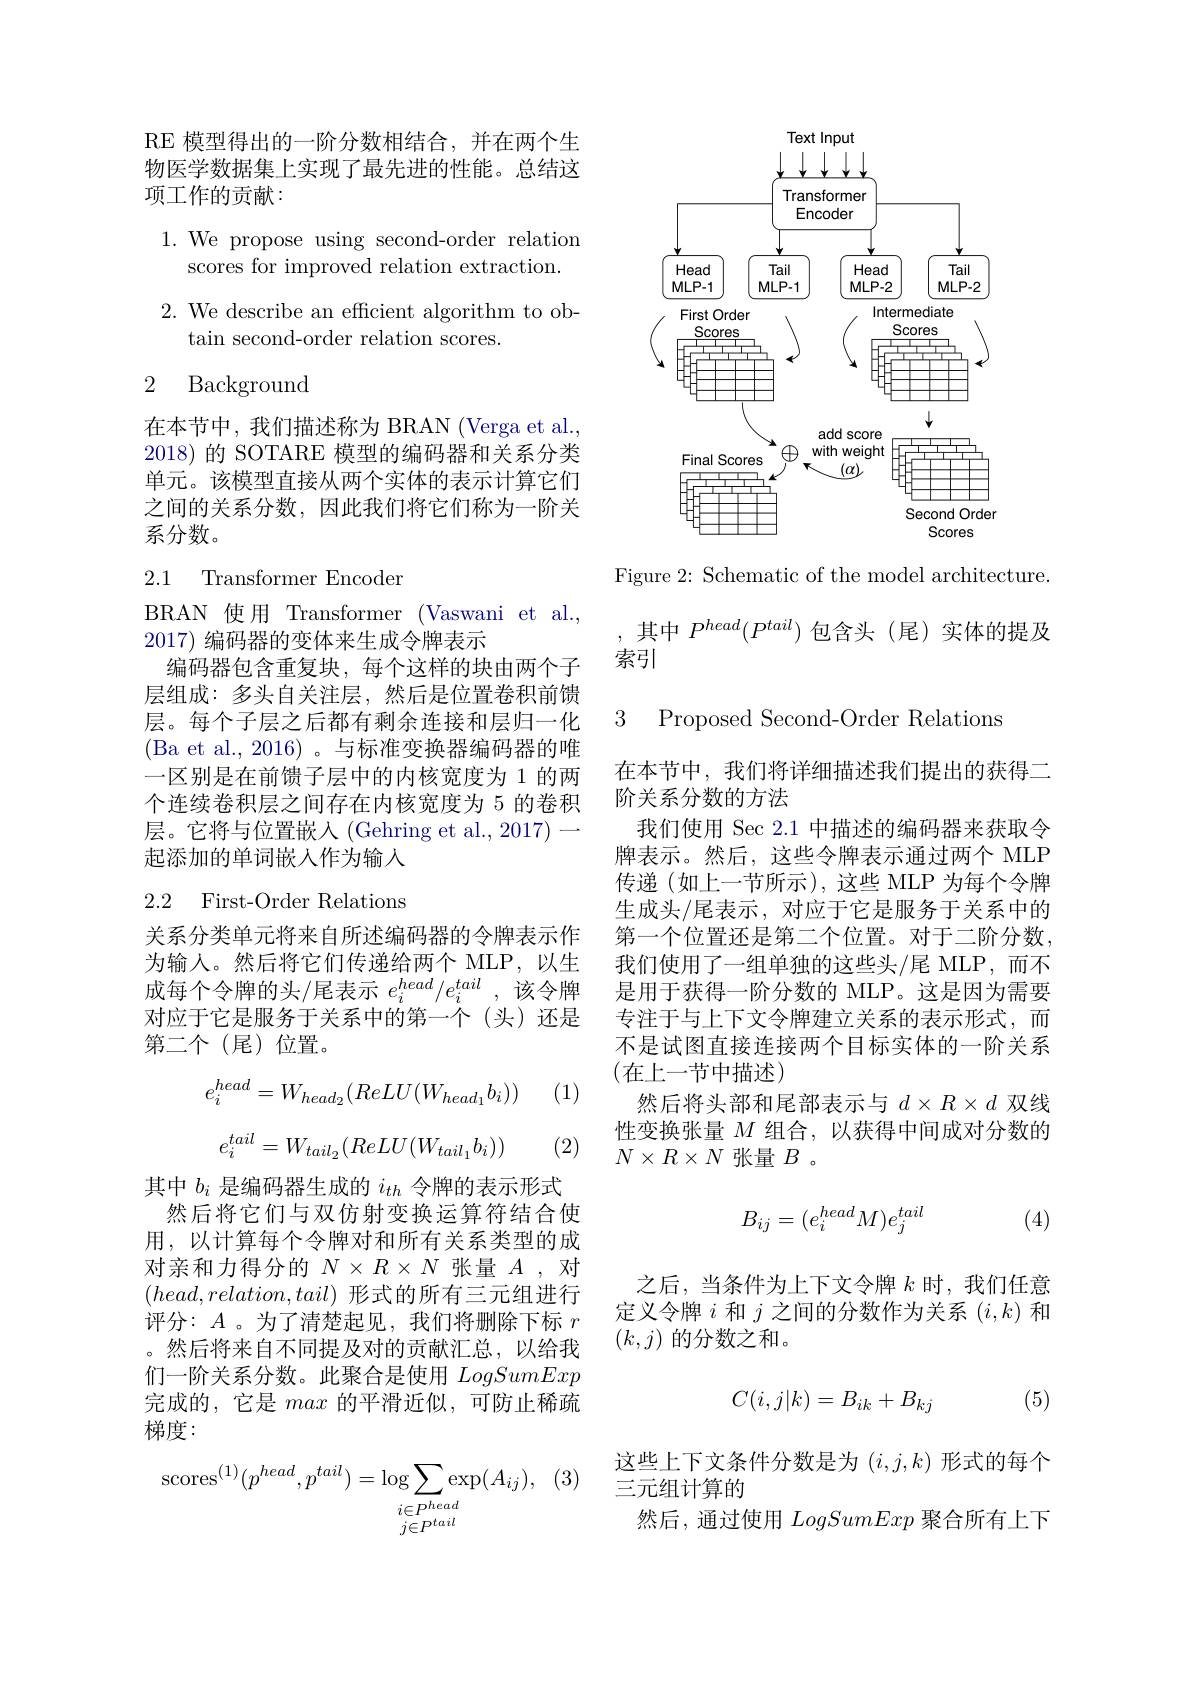
RE 模型得出的一阶分数相结合，并在两个生物医学数据集上实现了最先进的性能。总结这项工作的贡献：

1. We propose using second-order relation
scores for improved relation extraction.

$2.{\mathrm{~We~describe~an~efficient~algorithm~to~ob-}}$
$\tan$second-order relation scores.

2 Background

在本节中，我们描述称为 BRAN (Verga et al., 2018) 的 SOTARE 模型的编码器和关系分类单元。该模型直接从两个实体的表示计算它们之间的关系分数，因此我们将它们称为一阶关系分数。

### 2.1 Transformer Encoder

BRAN 使用 Transformer (Vaswani et al.,
2017)编码器的变体来生成令牌表示
编码器包含重复块，每个这样的块由两个子层组成：多头自关注层，然后是位置卷积前馈层。每个子层之后都有剩余连接和层归一化(Ba et al., 2016)。与标准变换器编码器的唯一区别是在前馈子层中的内核宽度为 1 的两个连续卷积层之间存在内核宽度为 5 的卷积层。它将与位置嵌入(Gehring et al.,2017)— 起添加的单词嵌人作为输入

## 2.2 First-Order Relations

关系分类单元将来自所述编码器的令牌表示作为输入。然后将它们传递给两个 MLP,以生成每个令牌的头/尾表示$e_i^{head}/ e_i^{tail}$ ,该令牌对应于它是服务于关系中的第一个(头)还是第二个(尾)位置。

(1)
$$e_i^{head}=W_{head_2}(ReLU(W_{head_1}b_i))$$
$$e_i^{tail}=W_{tail_2}(ReLU(W_{tail_1}b_i))$$
(2)

其中$b_i$是编码器生成的$i_{th}$令牌的表示形式然后将它们与双仿射变换运算符结合使用，以计算每个令牌对和所有关系类型的成对亲和力得分的$N\times R\times N$张量$A$,对$(head,relation,tail)$形式的所有三元组进行评分：$A$ 。为了清楚起见，我们将删除下标$r$ 。然后将来自不同提及对的贡献汇总，以给我们一阶关系分数。此聚合是使用LogSumExp 完成的，它是max的平滑近似，可防止稀疏梯度：
$$\mathop{\mathrm{scores}}^{(1)}(p^{head},p^{tail})=\mathop{\mathrm{log}}_{\substack{i\in P^{head}\\j\in P^{tail}}}\exp(A_{ij}),$$
<FigureHere>

Figure 2: Schematic of the model architecture.

其中$P^{head}(P^{tail})$包含头 (尾)实体的提及

索引

3 Proposed Second-Order Relations

在本节中，我们将详细描述我们提出的获得二
阶关系分数的方法
我们使用 Sec 2.1 中描述的编码器来获取令牌表示。然后，这些令牌表示通过两个 MLP 传递(如上一节所示),这些 MLP 为每个令牌生成头/尾表示，对应于它是服务于关系中的第一个位置还是第二个位置。对于二阶分数， 我们使用了一组单独的这些头/尾 MLP,而不是用于获得一阶分数的 MLP。这是因为需要专注于与上下文令牌建立关系的表示形式，而不是试图直接连接两个目标实体的一阶关系(在上一节中描述)
然后将头部和尾部表示与$d\times R\times d$双线性变换张量$M$组合，以获得中间成对分数的$N\times R\times N$张量$B$ 。
$$B_{ij}=(e_i^{head}M)e_j^{tail}$$
(4)

之后，当条件为上下文令牌$k$时，我们任意定义令牌$i$和$j$之间的分数作为关系$(i,k)$和$(k,j)$的分数之和。
$$C(i,j|k)=B_{ik}+B_{kj}$$
(5)

这些上下文条件分数是为$(i,j,k)$形式的每个
三元组计算的
然后，通过使用LogSumExp聚合所有上下